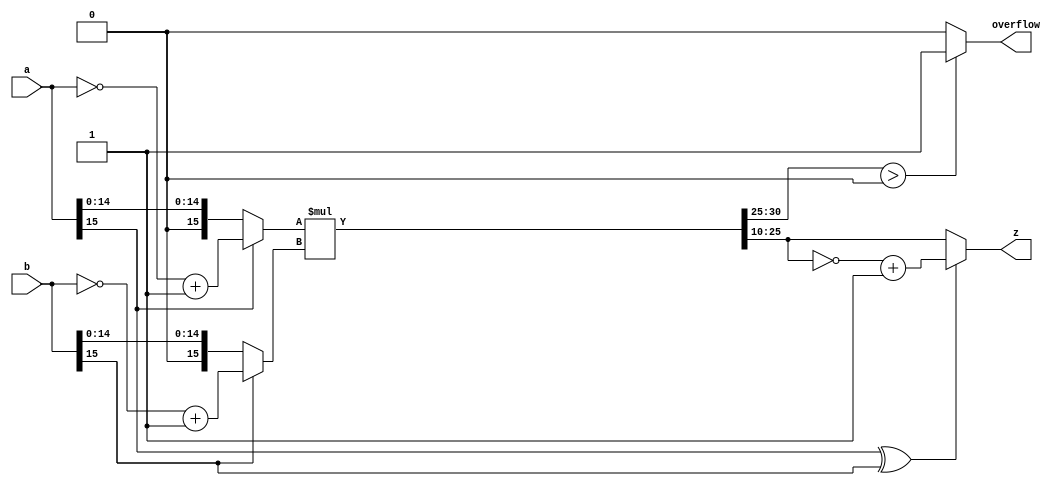
`ifndef FIXWID
	`define FIXWID 16
`endif
`ifndef FIXASH
	`define FIXASH 10
`endif


module fix_mul(
	output reg overflow, 
	output reg [`FIXWID-1:0] z, 
	input [`FIXWID-1:0] a, b 
);

reg sign;
reg [`FIXWID-1:0] abs_a, abs_b;
reg [2*`FIXWID-1:0] abs_r_result;
always@(*) begin
	sign = a[`FIXWID-1] ^ b[`FIXWID-1];
	abs_a = a[`FIXWID-1] ? ~a + 1 : a;
	abs_b = b[`FIXWID-1] ? ~b + 1 : b;
	abs_r_result = abs_a[`FIXWID-1:0] * abs_b[`FIXWID-1:0];
	z = sign ? ~abs_r_result[`FIXWID-1+`FIXASH:`FIXASH] + 1 : abs_r_result[`FIXWID-1+`FIXASH:`FIXASH];
	if(abs_r_result[2*`FIXWID-2:`FIXWID-1+`FIXASH] > 0) overflow = 1'b1;
	else overflow = 1'b0;
end

endmodule


module fix_div(
	output reg overflow, 
	output reg [`FIXWID-1:0] z, 
	input [`FIXWID-1:0] a, b 
);

reg sign;
reg [2*`FIXWID-1:0] abs_a;
reg [`FIXWID-1:0] abs_b;
reg [2*`FIXWID-1:0] abs_r_result;
always@(*) begin
	sign = a[`FIXWID-1] ^ b[`FIXWID-1];
	abs_a[`FIXWID-1:0] = 0;
	abs_a[`FIXWID-1+`FIXASH:`FIXASH] = a[`FIXWID-1] ? ~a + 1 : a;
	abs_a[2*`FIXWID-1:`FIXWID+`FIXASH] = 0;
	abs_b = b[`FIXWID-1] ? ~b + 1 : b;
	abs_r_result = abs_a[2*`FIXWID-1:0] / {{`FIXWID{1'b0}},abs_b[`FIXWID-1:0]};
	z = sign ? ~abs_r_result[`FIXWID-1:0] + 1 : abs_r_result[`FIXWID-1:0];
	if(abs_r_result[2*`FIXWID-2:`FIXWID] > 0 || abs_b == 0) overflow = 1'b1;
	else overflow = 1'b0;
end

endmodule


module fix_add(
	output reg overflow, 
	output reg [`FIXWID-1:0] z, 
	input [`FIXWID-1:0] a, b 
);

reg [`FIXWID:0] ext_a, ext_b, r_result;
always@(*) begin
	ext_a = {a[`FIXWID-1],a};
	ext_b = {b[`FIXWID-1],b};
	r_result = ext_a + ext_b;
	z = r_result[`FIXWID-1:0];
	if(r_result[`FIXWID] != r_result[`FIXWID-1]) overflow = 1'b1;
	else overflow = 1'b0;
end

endmodule


module fix_mac(	// z = a * b + c
	output overflow, 
	output [`FIXWID-1:0] z, 
	input [`FIXWID-1:0] a, b, c 
);

wire u_fix_mul_overflow;
wire [`FIXWID-1:0] u_fix_mul_z;
fix_mul u_fix_mul(
	.overflow(u_fix_mul_overflow), 
	.z(u_fix_mul_z), 
	.a(a), .b(b) 
);

wire u_fix_add_overflow;
wire [`FIXWID-1:0] u_fix_add_z;
fix_add u_fix_add(
	.overflow(u_fix_add_overflow), 
	.z(u_fix_add_z), 
	.a(u_fix_mul_z), .b(c) 
);

assign z = u_fix_add_z;
assign overflow = u_fix_mul_overflow | u_fix_add_overflow;

endmodule


module fix_sdc(	// z = (a - b) / c
	output overflow, 
	output [`FIXWID-1:0] z, 
	input [`FIXWID-1:0] a, b, c 
);

wire [`FIXWID-1:0] minus_b = ~b + 1;
wire u_fix_sub_overflow;
wire [`FIXWID-1:0] u_fix_sub_z;
fix_add u_fix_sub(
	.overflow(u_fix_sub_overflow), 
	.z(u_fix_sub_z), 
	.a(a), .b(minus_b) 
);

wire u_fix_div_overflow;
wire [`FIXWID-1:0] u_fix_div_z;
fix_div u_fix_div(
	.overflow(u_fix_div_overflow), 
	.z(u_fix_div_z), 
	.a(u_fix_sub_z), .b(c) 
);

assign z = u_fix_div_z;
assign overflow = u_fix_sub_overflow | u_fix_div_overflow;

endmodule


module fixu(
	output reg ack, 
	output reg overflow, 
	output reg [`FIXWID-1:0] z, 
	input [`FIXWID-1:0] a, b, c, 
	input fn, 
	input req, 
	input enable, 
	input rstn, clk 
);

reg [`FIXWID-1:0] u_fix_mac_a, u_fix_mac_b, u_fix_mac_c;
wire [`FIXWID-1:0] u_fix_mac_z;
wire u_fix_mac_overflow;
fix_mac u_fix_mac(
	.a(u_fix_mac_a), .b(u_fix_mac_b), .c(u_fix_mac_c), 
	.z(u_fix_mac_z), .overflow(u_fix_mac_overflow) 
);

reg [`FIXWID-1:0] u_fix_sdc_a, u_fix_sdc_b, u_fix_sdc_c;
wire [`FIXWID-1:0] u_fix_sdc_z;
wire u_fix_sdc_overflow;
fix_sdc u_fix_sdc(
	.a(u_fix_sdc_a), .b(u_fix_sdc_b), .c(u_fix_sdc_c), 
	.z(u_fix_sdc_z), .overflow(u_fix_sdc_overflow)
);

reg [1:0] req_d;
always@(negedge rstn or posedge clk) begin
	if(!rstn) req_d <= 2'b00;
	else if(enable) begin
		req_d[1] <= req_d[0];
		req_d[0] <= req;
	end
end
wire req_x = ^req_d;

`ifndef FIXDLYMUL
	`define FIXDLYMUL	5'd2
`endif
`ifndef FIXDLYDIV
	`define FIXDLYDIV	5'd10
`endif
reg [4:0] cnt;
always@(negedge rstn or posedge clk) begin
	if(!rstn) begin
		cnt <= 5'd0;
		ack <= 1'b0;
		z <= 0;
		overflow <= 1'b0;
	end
	else if(enable) begin
		if(cnt == 5'd0) begin
			if(req_x) begin
				case(fn)
					1'd0: begin
						cnt <= `FIXDLYMUL;
						u_fix_mac_a <= a;
						u_fix_mac_b <= b;
						u_fix_mac_c <= c;
					end
					1'd1: begin
						cnt <= `FIXDLYDIV;
						u_fix_sdc_a <= a;
						u_fix_sdc_b <= b;
						u_fix_sdc_c <= c;
					end
					default: begin
						u_fix_mac_a <= u_fix_mac_a;
						u_fix_mac_b <= u_fix_mac_b;
						u_fix_mac_c <= u_fix_mac_c;
						u_fix_sdc_a <= u_fix_sdc_a;
						u_fix_sdc_b <= u_fix_sdc_b;
						u_fix_sdc_c <= u_fix_sdc_c;
					end
				endcase
			end
		end
		else begin
			cnt <= cnt - 5'd1;
			if(cnt == 5'd1) begin
				ack <= ~ack;
				case(fn)
					1'd0: begin
						z <= u_fix_mac_z;
						overflow <= u_fix_mac_overflow;
					end
					1'd1: begin
						z <= u_fix_sdc_z;
						overflow <= u_fix_sdc_overflow;
					end
					default: begin
						z <= z;
						overflow <= overflow;
					end
				endcase
			end
		end
	end
end

endmodule